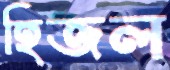
হিজল